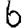
Digit: 6